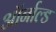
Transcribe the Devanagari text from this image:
ऑर्नाल्ड